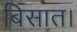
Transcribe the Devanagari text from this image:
बिसात।